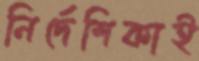
নির্দেশিকাই